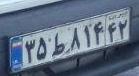
۳۵ط۸۱۴۴۲